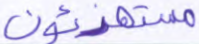
مستهزئون